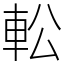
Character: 䡆